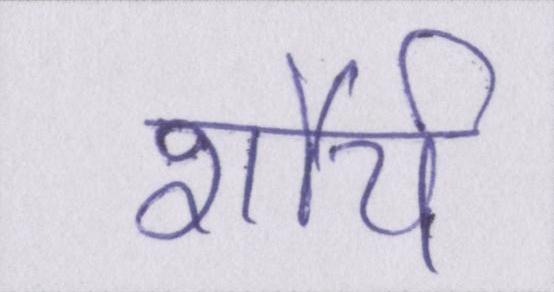
शौर्य